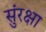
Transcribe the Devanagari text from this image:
सुंरक्षा